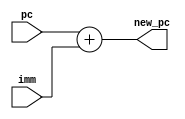
module npc(
        input [31:0] pc,
        input [31:0] imm,
        //input npc_sel,
        output reg [31:0] new_pc
    );
    always @(*)
    begin
        new_pc = pc + imm;
    end
endmodule